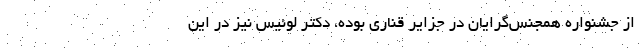
از جشنواره‌ همجنس‌گرایان در جزایر قناری بوده، دکتر لوئیس نیز در این